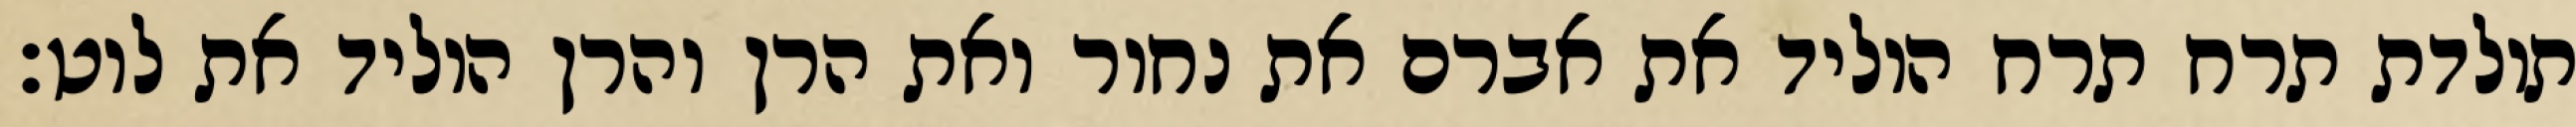
תולדת תרח תרח הוליד את אברם את נחור ואת הרן והרן הוליד את לוט׃